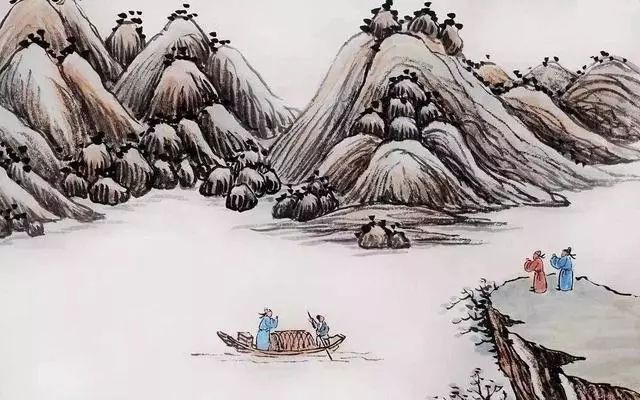
秦楼月，年年柳色，灞陵伤别。